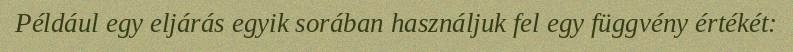
Például egy eljárás egyik sorában használjuk fel egy függvény értékét: